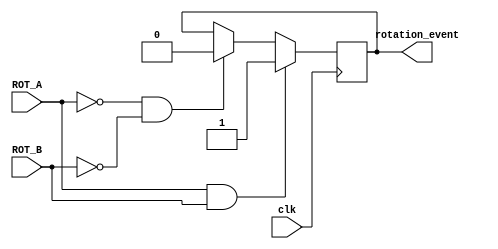
`timescale 1ns / 1ps
//////////////////////////////////////////////////////////////////////////////////
// Company: 
// Engineer: 
// 
// Design Name: 
// Module Name:    WORM 
// Project Name: 
// Target Devices: 
// Tool versions: 
// Description: 
//
// Dependencies: 
//
// Revision: 
// Revision 0.01 - File Created
// Additional Comments: 
//
//////////////////////////////////////////////////////////////////////////////////
module rotatory_input(clk, ROT_A, ROT_B, rotation_event);
	 
	 input clk, ROT_A, ROT_B;
	 
	 output rotation_event;
	 reg rotation_event;
	 
	 always@(posedge clk) begin
		if(ROT_A == 1 && ROT_B == 1) begin
				rotation_event <= 1;
		end
		else if(ROT_A == 0 && ROT_B == 0) begin
				rotation_event <= 0;
		end
	 end
	 
endmodule

module full_adder(a,b,cin,sum,cout);
	input a;
	input b;
	input cin;
	
	output sum;
	wire sum;
	
	output cout;
	wire cout;
	
	assign sum = a^b^cin;
	assign cout = (a&b)|(b&cin)|(cin&a);
	
endmodule

module five_bit_adder(coordinate , direction , distance, position , carry);

	 input[3:0] coordinate;
	 input direction;
	 input[1:0] distance;
	 
	 output[3:0] position;
	 wire [3:0] position;
	 
	 output carry;
	 wire carry;
	 
	 wire carry_temp[2:0];

	 full_adder FA0(coordinate[0], distance[0]^direction, direction ,position[0], carry_temp[0]);
	 full_adder FA1(coordinate[1], distance[1]^direction, carry_temp[0], position[1], carry_temp[1]);
    full_adder FA2(coordinate[2], direction, carry_temp[1], position[2], carry_temp[2]);
	 full_adder FA3(coordinate[3], direction, carry_temp[2], position[3], carry);

endmodule


module WORM(clk ,inp ,rotation_event, x_coordinate, y_coordinate);

	 input clk;
	 input[3:0] inp;
	 input rotation_event;
	 
	 output[3:0] x_coordinate;
	 reg[3:0] x_coordinate;
	 
	 output[3:0] y_coordinate;
	 reg[3:0] y_coordinate;
	 
	 reg dir_x;
	 reg dir_y;
	 
	 reg[1:0] dir;
	 reg[1:0] dis;
	 
	 reg[1:0] dis_x;
	 reg[1:0] dis_y;
	 
	 reg [3:0] temp_x;
	 reg [3:0] temp_y;
	 
	 wire [3:0] x;
	 wire [3:0] y;
	 
	 wire carry_x;
	 wire carry_y;
	 
	 reg prev_rotation_event;	
	 
	 initial begin
		 prev_rotation_event = 1'b0;
		 dir_x = 1'b0;
		 dir_y = 1'b0;
		 x_coordinate = 4'b0000;
		 y_coordinate = 4'b0000;
	 end

	 always @(posedge clk) begin
		 if((prev_rotation_event == 0) && (rotation_event == 1)) begin
			 temp_x <= x_coordinate;
			 temp_y <= y_coordinate;
			
			 dir <= inp[1:0];
			 dis <= inp[3:2];
			 if(dir == 2'b00 || dir == 2'b01) begin
				 if(dir == 2'b00) begin
				    dir_x <= 1;
				 end
				 
				 else begin
					 dir_x <= 0;
				 end
				 
				 dis_x <= dis;
				 dis_y <= 2'b00;
				
				 if(dir_x & !carry_x) begin
					 x_coordinate <= 0;
				 end
				 
				 else if(!dir_x & carry_x) begin
					 x_coordinate <= 4'b1111;
				 end
				 
				 else begin
					 x_coordinate <= x;
				 end
				 
			 end
			 
			 else begin
			 
				 if(dir == 2'b10) begin
					 dir_y <= 0;
				 end
				 
				 else begin
					 dir_y <= 1;
				 end
				 
				 dis_y <= dis;
				 dis_x <= 2'b00;
				
				 if(dir_y & !carry_y) begin
					 y_coordinate <= 0;
				 end
				 
				 else if(!dir_y & carry_y) begin
					 y_coordinate <= 4'b1111;
				 end
				 
				 else begin
					 y_coordinate <= y;
				 end
			 end
		 end
	    prev_rotation_event <= rotation_event;
	end
	
	five_bit_adder uut0(temp_x, dir_x, dis_x, x, carry_x);
	five_bit_adder uut1(temp_y, dir_y, dis_y, y, carry_y);	
		
endmodule

module square_grid_top( clk, inp, ROT_A, ROT_B, x_coordinate, y_coordinate);

	input clk, ROT_A, ROT_B;
	input[3:0] inp;
	
	output[3:0] x_coordinate;
	wire[3:0] x_coordinate;
	
	output[3:0] y_coordinate;
	wire[3:0] y_coordinate;
	
	wire rotation_event;
	
	rotatory_input uut2(clk, ROT_A, ROT_B, rotation_event);
	WORM uut3(clk, inp, rotation_event, x_coordinate , y_coordinate);

endmodule